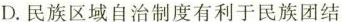
D.民族区域自治制度有利于民族团结